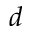
d